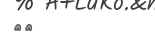
٢٤